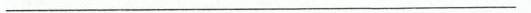
___